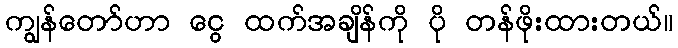
ကျွန်တော်ဟာ ငွေ ထက်အချိန်ကို ပို တန်ဖိုးထားတယ်။